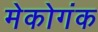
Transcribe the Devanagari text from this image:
मेकोगंक